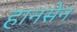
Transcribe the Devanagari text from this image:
हानसेन